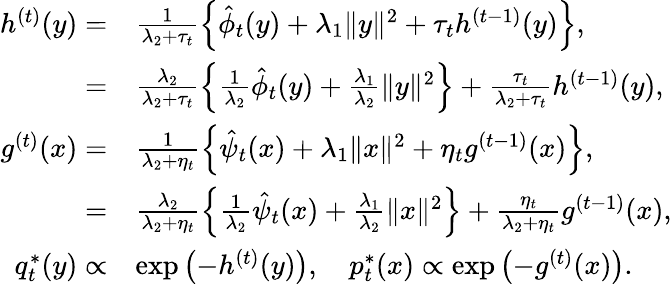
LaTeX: \begin{array}{rl}{h^{(t)}(y)=}&{\frac{1}{\lambda_{2}+\tau_{t}}\left\{ \hat{\phi}_{t}(y)+\lambda_{1}\| y\| ^{2}+\tau_{t}h^{(t-1)}(y)\right\} ,}\\ {=}&{\frac{\lambda_{2}}{\lambda_{2}+\tau_{t}}\left\{ \frac{1}{\lambda_{2}}\hat{\phi}_{t}(y)+\frac{\lambda_{1}}{\lambda_{2}}\| y\| ^{2}\right\} +\frac{\tau_{t}}{\lambda_{2}+\tau_{t}}h^{(t-1)}(y),}\\ {g^{(t)}(x)=}&{\frac{1}{\lambda_{2}+\eta_{t}}\left\{ \hat{\psi}_{t}(x)+\lambda_{1}\| x\| ^{2}+\eta_{t}g^{(t-1)}(x)\right\} ,}\\ {=}&{\frac{\lambda_{2}}{\lambda_{2}+\eta_{t}}\left\{ \frac{1}{\lambda_{2}}\hat{\psi}_{t}(x)+\frac{\lambda_{1}}{\lambda_{2}}\| x\| ^{2}\right\} +\frac{\eta_{t}}{\lambda_{2}+\eta_{t}}g^{(t-1)}(x),}\\ {q_{t}^{*}(y)\propto}&{\exp\left(-h^{(t)}(y)\right),\quad p_{t}^{*}(x)\propto\exp\left(-g^{(t)}(x)\right).}\end{array}